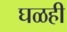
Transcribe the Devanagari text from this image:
घळही